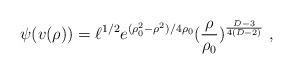
LaTeX: \begin{align*}\psi(v(\rho)) = \ell^{1/2} e^{(\rho_0^2 - \rho^2)/4\rho_0} (\frac{\rho}{\rho_0})^{{D-3\over4(D-2)}}~,\end{align*}